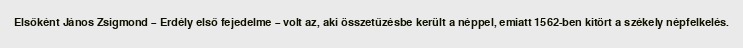
Elsőként János Zsigmond – Erdély első fejedelme – volt az, aki összetűzésbe került a néppel, emiatt 1562-ben kitört a székely népfelkelés.